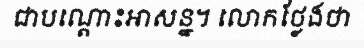
ជាបណ្តោះអាសន្ន។ លោកថ្លែងថា